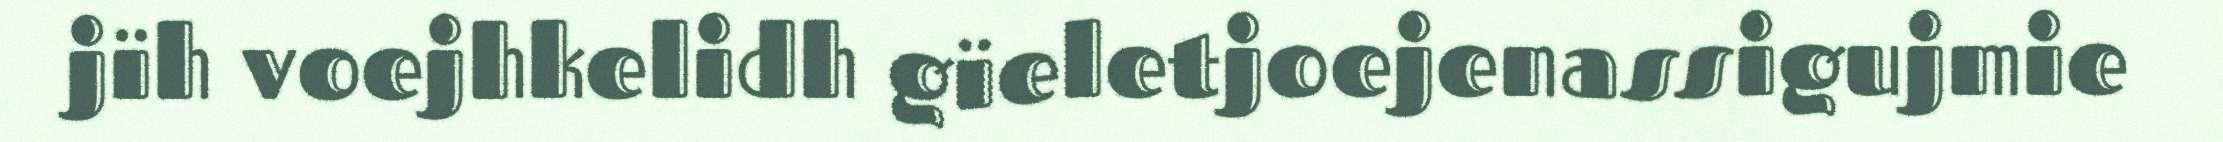
jïh voejhkelidh gïeletjoejenassigujmie